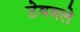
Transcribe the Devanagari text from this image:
ठेववले